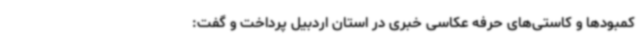
کمبودها و کاستی‌های حرفه عکاسی خبری در استان اردبیل پرداخت و گفت: